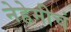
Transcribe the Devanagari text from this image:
नेहेमीचं